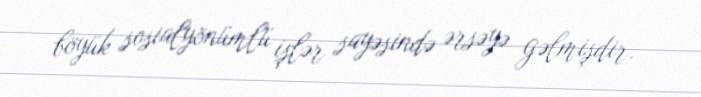
böyük sosialyönümlü işlər sayəsində ərsəyə gəlmişdir.